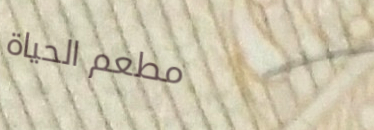
مطعم الحياة